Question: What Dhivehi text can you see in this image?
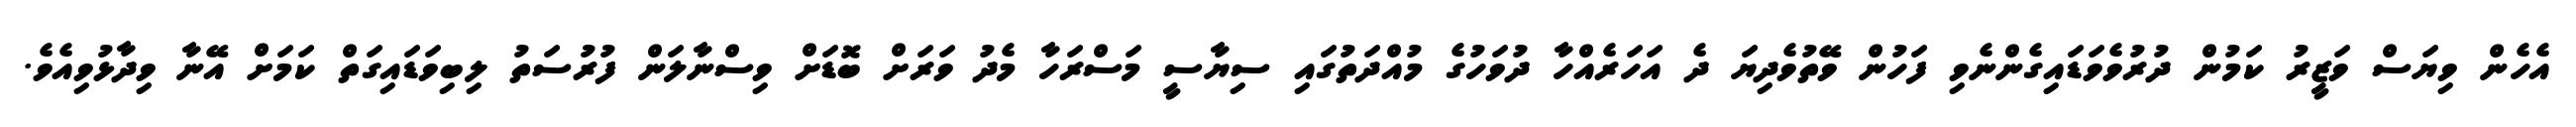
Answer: އެހެން ވިޔަސް ވަޒީރު ކަމުން ދުރުވެވަޑައިގެންނެވި ފަހުން ވޭތުވެދިޔަ ދެ އަހަރެއްހާ ދުވަހުގެ މުއްދަތުގައި ސިޔާސީ މަސްރަހާ މެދު ވަރަށް ބޮޑަށް ވިސްނާލަން ފުރުސަތު ލިބިވަޑައިގަތް ކަމަށް އޭނާ ވިދާޅުވިއެވެ.